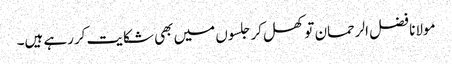
مولانا فضل الرحمان تو کھل کر جلسوں میں بھی شکایت کررہے ہیں۔